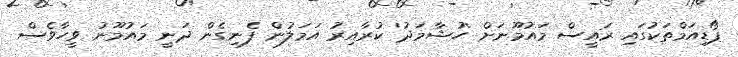
ޕޯޑިއަމްތަކުގައި ރައީސް މައުމޫނަށް 'ހުޝާމަދު' ކުރާއިރު އަމަލުން ފެނިގެން ދަނީ މައުމޫނު ވީހާވެސް